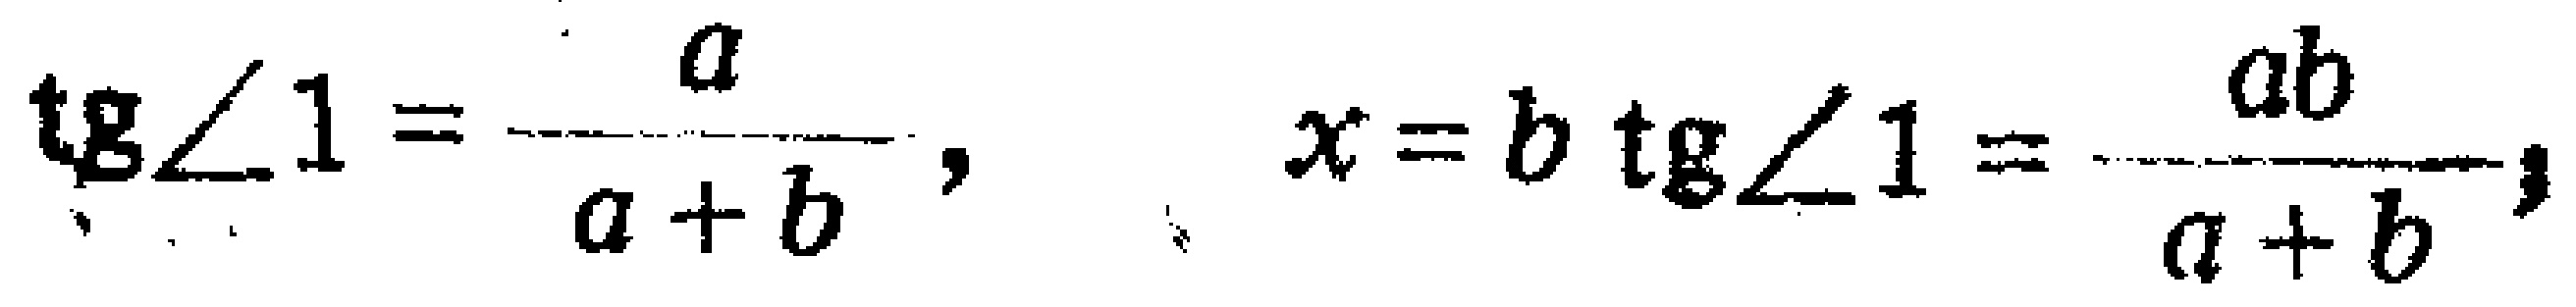
\(\operatorname{tg}\angle 1 = \frac{a}{a + b},\quad x = b\operatorname{tg}\angle 1 = \frac{ab}{a + b},\)